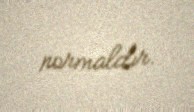
normaldır.